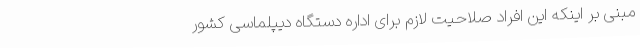
مبنی بر اینکه این افراد صلاحیت لازم برای اداره دستگاه دیپلماسی کشور